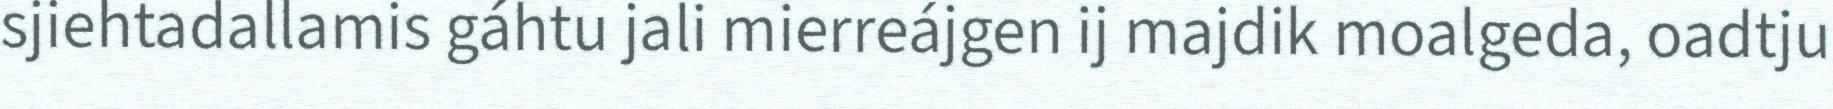
sjiehtadallamis gáhtu jali mierreájgen ij majdik moalgeda, oadtju